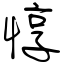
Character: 惇